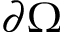
\partial \Omega